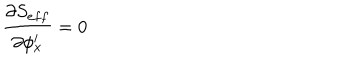
\frac { \partial S _ { e f f } } { \partial \phi _ { x } ^ { i } } = 0